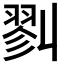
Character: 𢒥